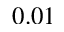
0 . 0 1